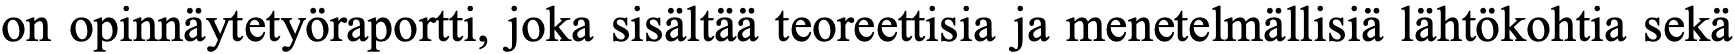
on opinnäytetyöraportti, joka sisältää teoreettisia ja menetelmällisiä lähtökohtia sekä